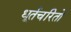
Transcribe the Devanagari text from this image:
धूर्तचरितो